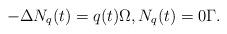
LaTeX: \begin{align*}-\Delta N_{q}(t) = q(t) \Omega, N_{q}(t) = 0 \Gamma.\end{align*}